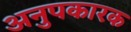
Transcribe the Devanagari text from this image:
अनुपकारक